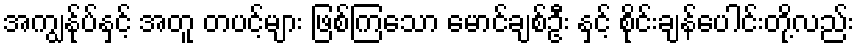
အကျွန်ုပ်နှင့် အတူ တပင့်များ ဖြစ်ကြသော မောင်ချစ်ဦး နှင့် စိုင်းချန်ပေါင်းတို့လည်း